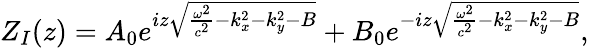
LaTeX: Z_{I}(z)=A_{0}e^{iz\sqrt{\frac{\omega^{2}}{c^{2}}-k_{x}^{2}-k_{y}^{2}-B}}+B_{0}e^{-iz\sqrt{\frac{\omega^{2}}{c^{2}}-k_{x}^{2}-k_{y}^{2}-B}},